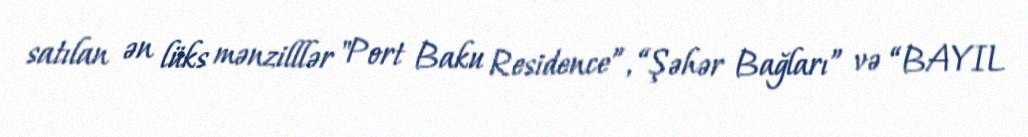
satılan ən lüks mənzilllər "Port Baku Residence”, “Şəhər Bağları” və “BAYIL